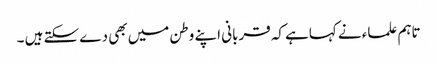
تاہم علماء نے کہاہے کہ قربانی اپنے وطن میں بھی دے سکتے ہیں ۔